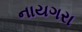
નાયગરા